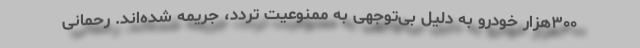
۳۰۰هزار خودرو به دلیل بی‌توجهی به ممنوعیت تردد، جریمه شده‌اند. رحمانی